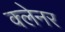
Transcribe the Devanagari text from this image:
क्लेनर